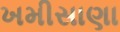
ખમીસાણા